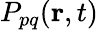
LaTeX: P_{pq}\! \left(\textbf{r},t\right)